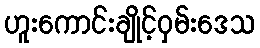
ဟူးကောင်းချိုင့်ဝှမ်းဒေသ